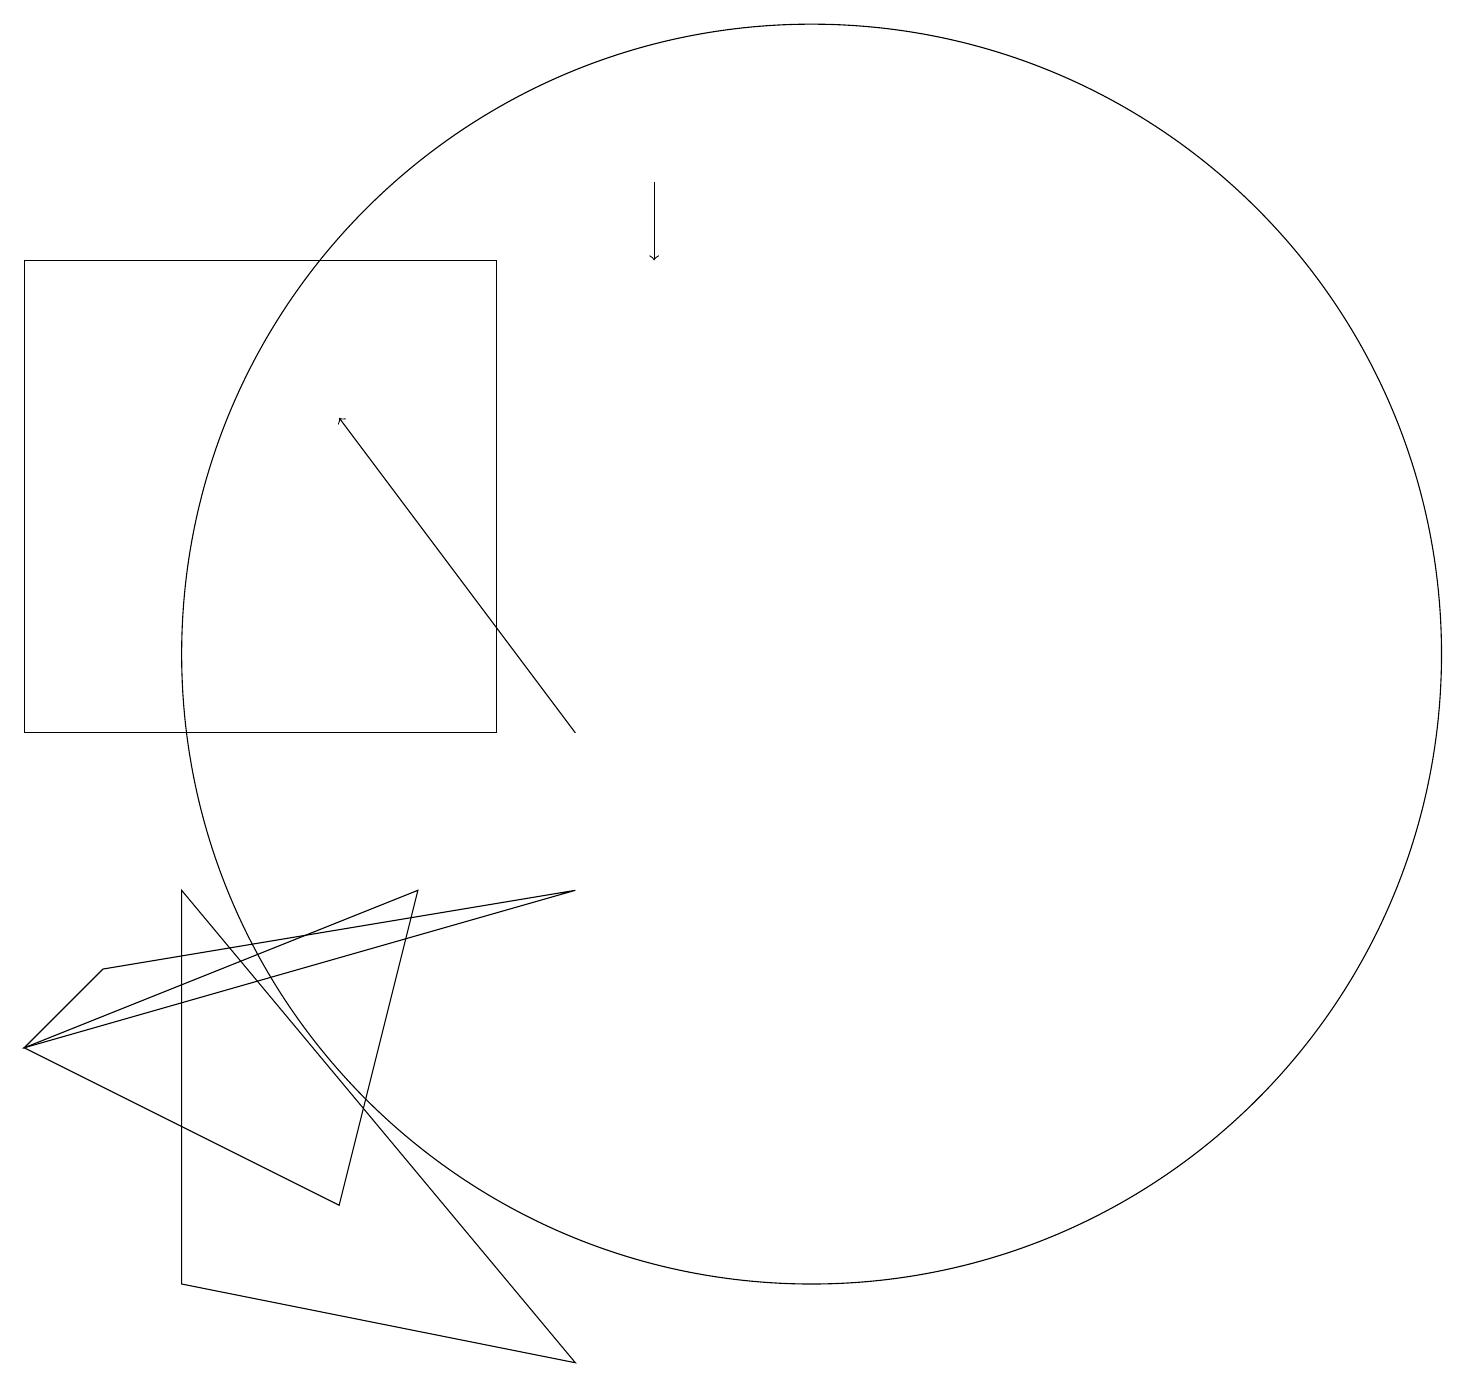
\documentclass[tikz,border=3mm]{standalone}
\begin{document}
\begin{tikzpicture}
\draw (6,8) -- (1,6) -- (5,4) -- cycle;
\draw (2,7) -- (8,8) -- (1,6) -- cycle;
\draw (11,11) circle (8);
\draw (3,3) -- (3,8) -- (8,2) -- cycle;
\draw[->] (8,10) -- (5,14);
\draw (1,10) rectangle (7,16);
\draw[->] (9,17) -- (9,16);
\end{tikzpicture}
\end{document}